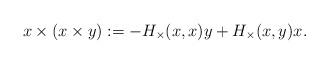
LaTeX: \begin{align*}x \times (x \times y) := -H_{\times}(x, x) y + H_{\times}(x, y) x .\end{align*}